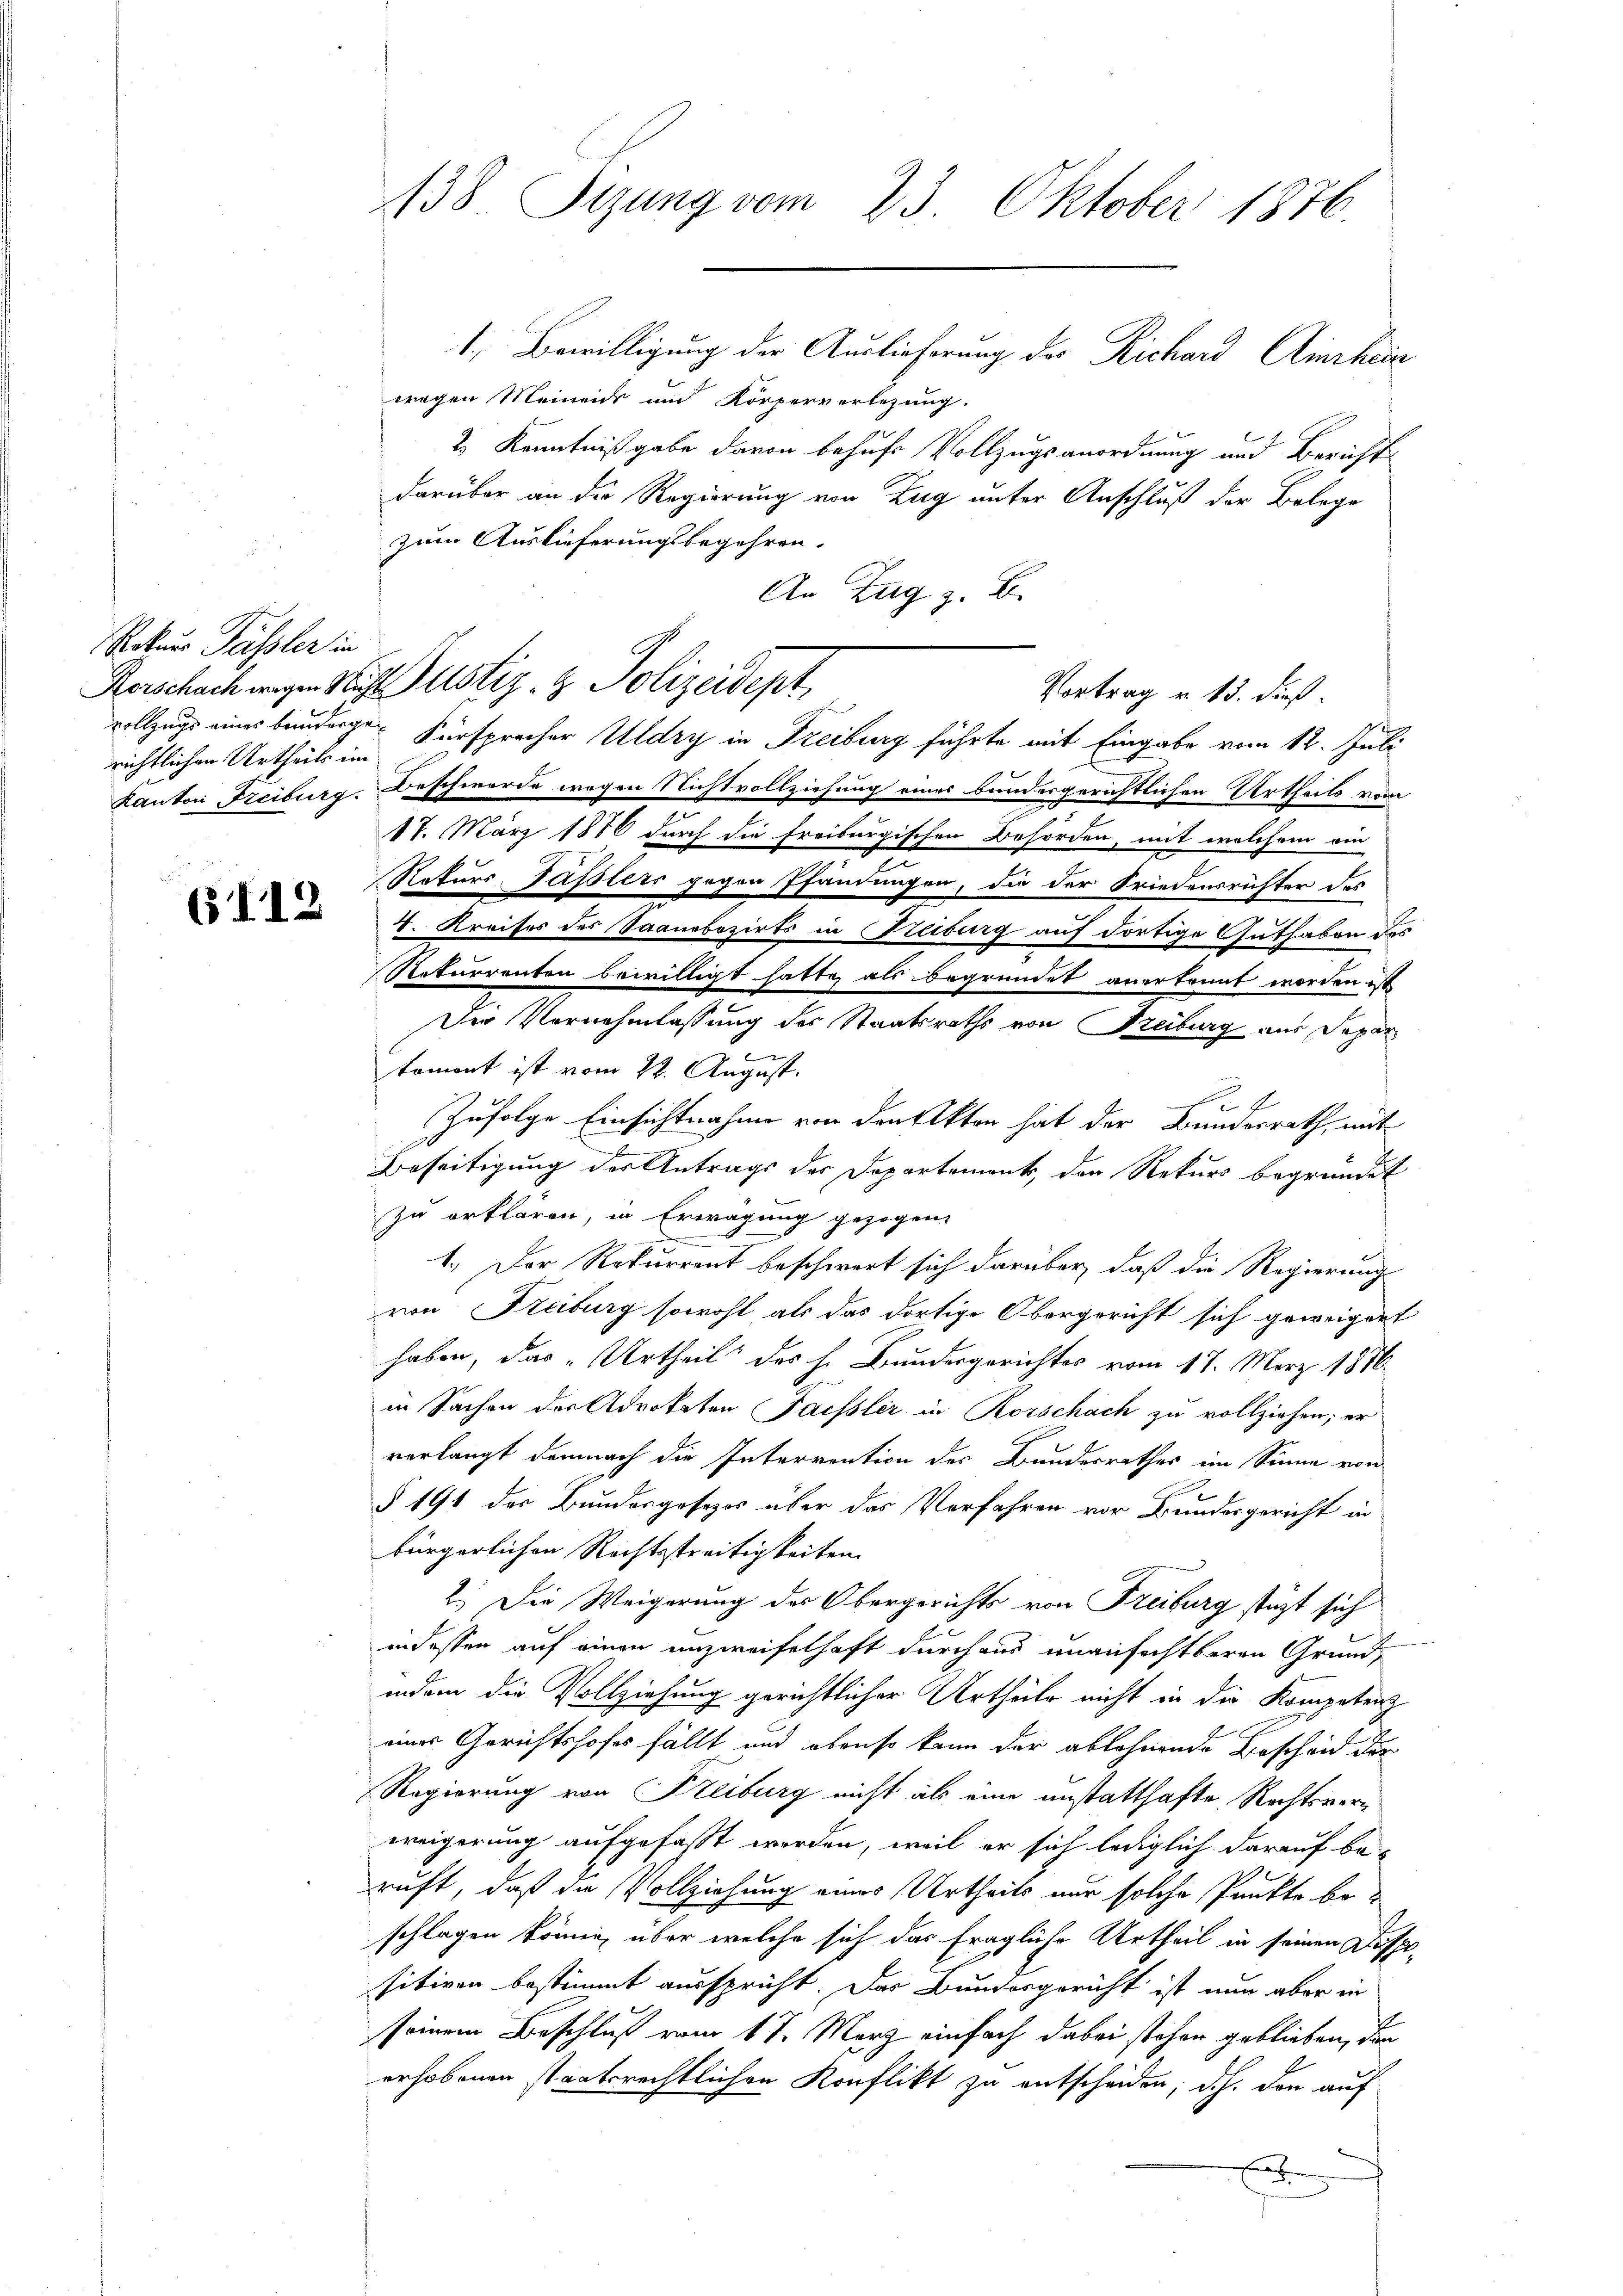
Rokuer Pässler in
richtlichen Urtheils im

(112

138 Sizung vom 23. Oktober 1876.

1.) Bewilligung der Auslieferung des Richard Ainchein
wegen Meinens und Körperverlegung.
2.) Kenntnißgabe davon behufs Vollzugsanordnung und Berichts
darüber an die Regierung von Zug unter Anschluß der Belege
zum Auslieferungsbegehren.
An Zug z. B.
vollzugs eines banderge Fürsprecher Uldry in Freiburg führte mit Eingabe vom 12. Juli
Kanton Freiburg. Beschwerde wegen Nichtvollziehung eines bundesgerichtlichen Urtheils vom
18. März 1886 durch die Freiburgischen Behörden, mit welchem ein
Naturs Fässlers gegen Pfändungen, die der Friedensrichter des
4. Kreises des Saanobozirts in Freiburg auf dortige Guthaben des
Rekurrenten bewilligt hatte, als begründet anerkannt worden ist
Der Vornehmlassung des Staatsraths von Freiburg aus Departoment ist vom 22. August.
A.
Zufolge Einsichtnahme von den Akten hat der Bundesrath, mit
u
Beseitigung der Antrags der Departement, den Rekurs begründet
zu erklären, in Erwägung gezogen.
.
2
1. Der Rekurrent beschwert sich darüber, daß die Regierung
von Freiburg sowohl als das dortige Obergericht sich geweigert
haben, das „Urtheil des h. Bundesgerichtes vom 17. März 1876
in Sachen der Advokaten Fassler in Rorschach zu vollziehen; er
verlangt demnach die Interrention des Bundesrathes im Sinne vom
§ 191 der Bundesgesezes über das Verfahren vor Bundesgericht in
bürgerlichen Rechtsstreitigkeiten
2.) Die Weigerung des Obergerichts von Freiburg stüzt sich
indessen auf einen unzweifelhaft durchaus unanfechtbaren Grundindem die Vollziehung gerichtlicher Urtheile nicht in die Kompeten
eines Gerichtshofes fällt und ebenso kann der ablehnende Bescheid der
Regierung von Freiburg nicht als eine anstatthafte Rechtsverereigerung aufgefasst werden, weil er sich lediglich darauf beruft, daß die Vollziehung eines Urtheils nur solche Punkte beschlagen könne, über welche sich das fragliche Urtheil in seinen Dispo-
sitiven bestimmt ausspricht. Der Bundesgericht ist nun aber in
seinem Beschluß vom 17. März einfach dabei stehen geblieben, dan
erhobenen staatsrechtlichen Konflikt zu entscheiden, d.h. den auf
E

Kerschach wegen Nicht ustiz- & Polizeidept,
Vortrag u. 13. dieß.